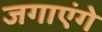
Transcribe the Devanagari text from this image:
जगाएंगे